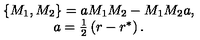
\begin{array} { c } { \left\{ M _ { 1 } , M _ { 2 } \right\} = a M _ { 1 } M _ { 2 } - M _ { 1 } M _ { 2 } a , } \\ { a = \frac 1 2 \left( r - r ^ { * } \right) . } \\ \end{array}